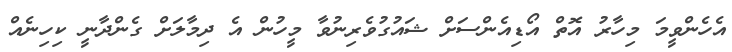
އެހެންވީމަ މިހާރު އޮތް އޯޑިއެންސަށް ޝައުގުވެރިނުވާ މީހުން އެ ދިމާލަށް ގެންދާނީ ކިހިނެއް